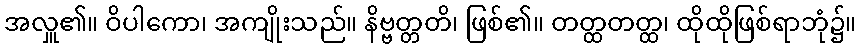
အလှူ၏။ ဝိပါကော၊ အကျိုးသည်။ နိဗ္ဗတ္တတိ၊ ဖြစ်၏။ တတ္ထတတ္ထ၊ ထိုထိုဖြစ်ရာဘုံ၌။